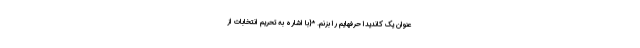
عنوان یک کاندیدا حرفهایم را بزنم. *{با اشاره به تحریم انتخابات از